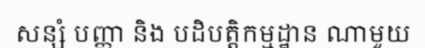
សន្សំ បញ្ញា និង បដិបត្តិកម្មដ្ឋាន ណាមួយ